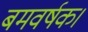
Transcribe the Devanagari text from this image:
बमवर्षक।